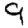
Digit: 9